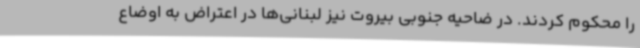
را محکوم کردند. در ضاحیه جنوبی بیروت نیز لبنانی‌ها در اعتراض به اوضاع